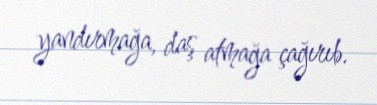
yandırmağa, daş atmağa çağırıb.